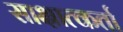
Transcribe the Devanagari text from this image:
साक्षात्कर्ता